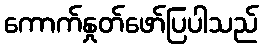
ကောက်နှုတ်ဖော်ပြပါသည်